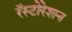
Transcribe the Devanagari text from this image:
रॅस्टोरेशन